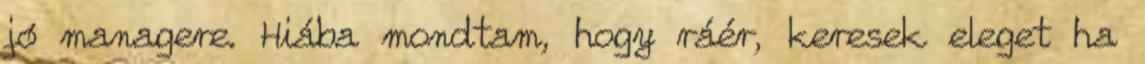
jó managere. Hiába mondtam, hogy ráér, keresek eleget ha